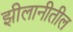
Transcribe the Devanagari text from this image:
झीलानीतील